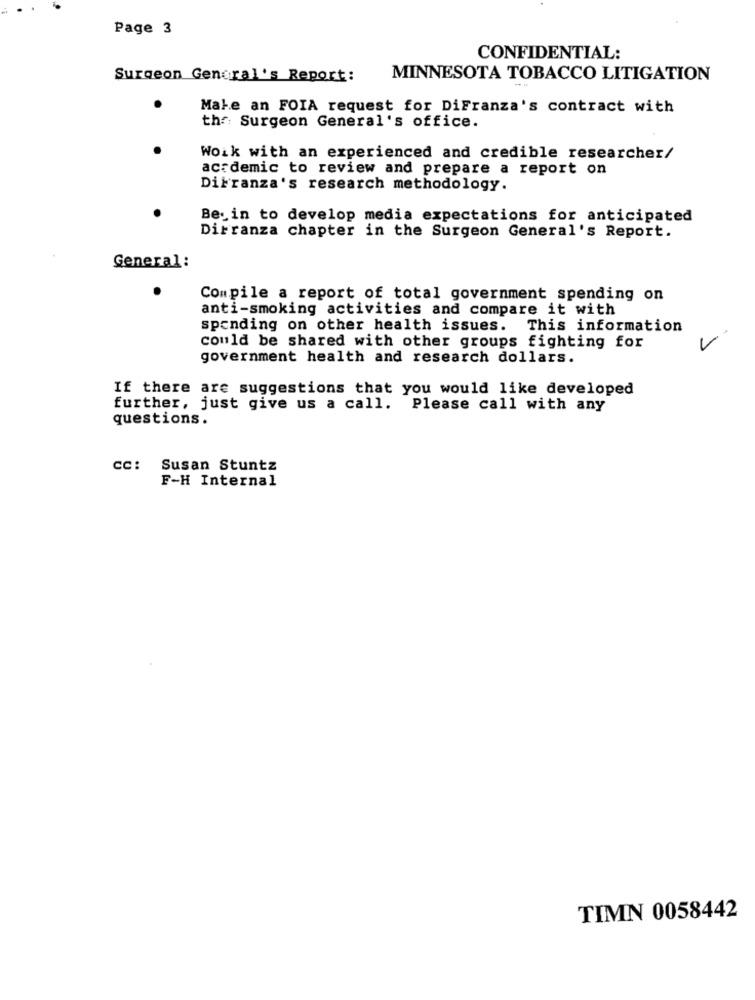
Page 3
CONFIDENTIAL:
Surgeon General's Report:
MINNESOTA TOBACCO LITIGATION
Make an FOIA request for DiFranza's contract with
the Surgeon General's office.
Work with an experienced and credible researcher/
academic to review and prepare a report on
DiFranza's research methodology.
Begin to develop media expectations for anticipated
Dirranza chapter in the Surgeon General's Report.
General:
Compile a report of total government spending on
anti-smoking activities and compare it with
spending on other health issues. This information
could be shared with other groups fighting for
government health and research dollars.
If there are suggestions that you would like developed
further, just give us a call. Please call with any
questions.
CC:
Susan Stuntz
F-H Internal
TIMN 0058442